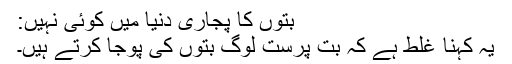
بتوں کا پجاری دنیا میں کوئی نہیں:
یہ کہنا غلط ہے کہ بُت پرست لوگ بتوں کی پوجا کرتے ہیں۔